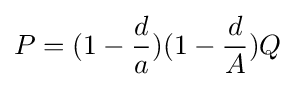
P=(1-{\dfrac {d}{a}})(1-{\dfrac {d}{A}})Q